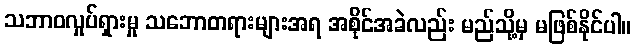
သဘာဝလှုပ်ရှားမှု သဘောတရားများအရ အစိုင်အခဲလည်း မည်သို့မှ မဖြစ်နိုင်ပါ။